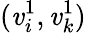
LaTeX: (\mathit{v}_{i}^{1},\mathit{v}_{k}^{1})